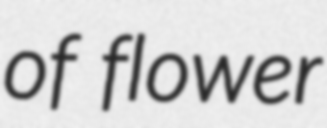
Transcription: of flower